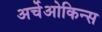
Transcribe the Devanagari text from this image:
अर्चेओकिन्स